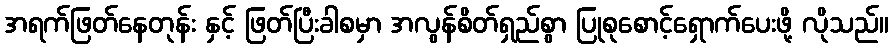
အရက်ဖြတ်နေတုန်း နှင့် ဖြတ်ပြီးခါစမှာ အလွန်စိတ်ရှည်စွာ ပြုစုစောင့်ရှောက်ပေးဖို့ လိုသည်။